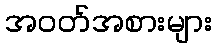
အဝတ်အစားများ